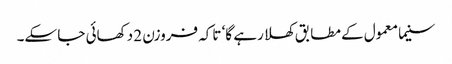
سنیما معمول کے مطابق کھلا رہے گا‘ تاکہ فروزن 2 دکھائی جا سکے۔